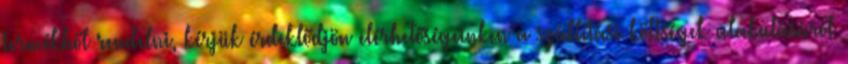
termékből rendelni, kérjük érdeklődjön elérhetőségeinken a szállítási költségek alakulásáról